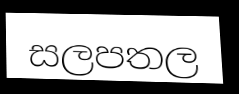
සලපතල